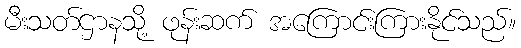
မီးသတ်ဌာနသို့ ဖုန်းဆက် အကြောင်းကြားနိုင်သည်။